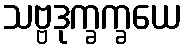
သဗ္ဗဒုက္ခက္ခယေ